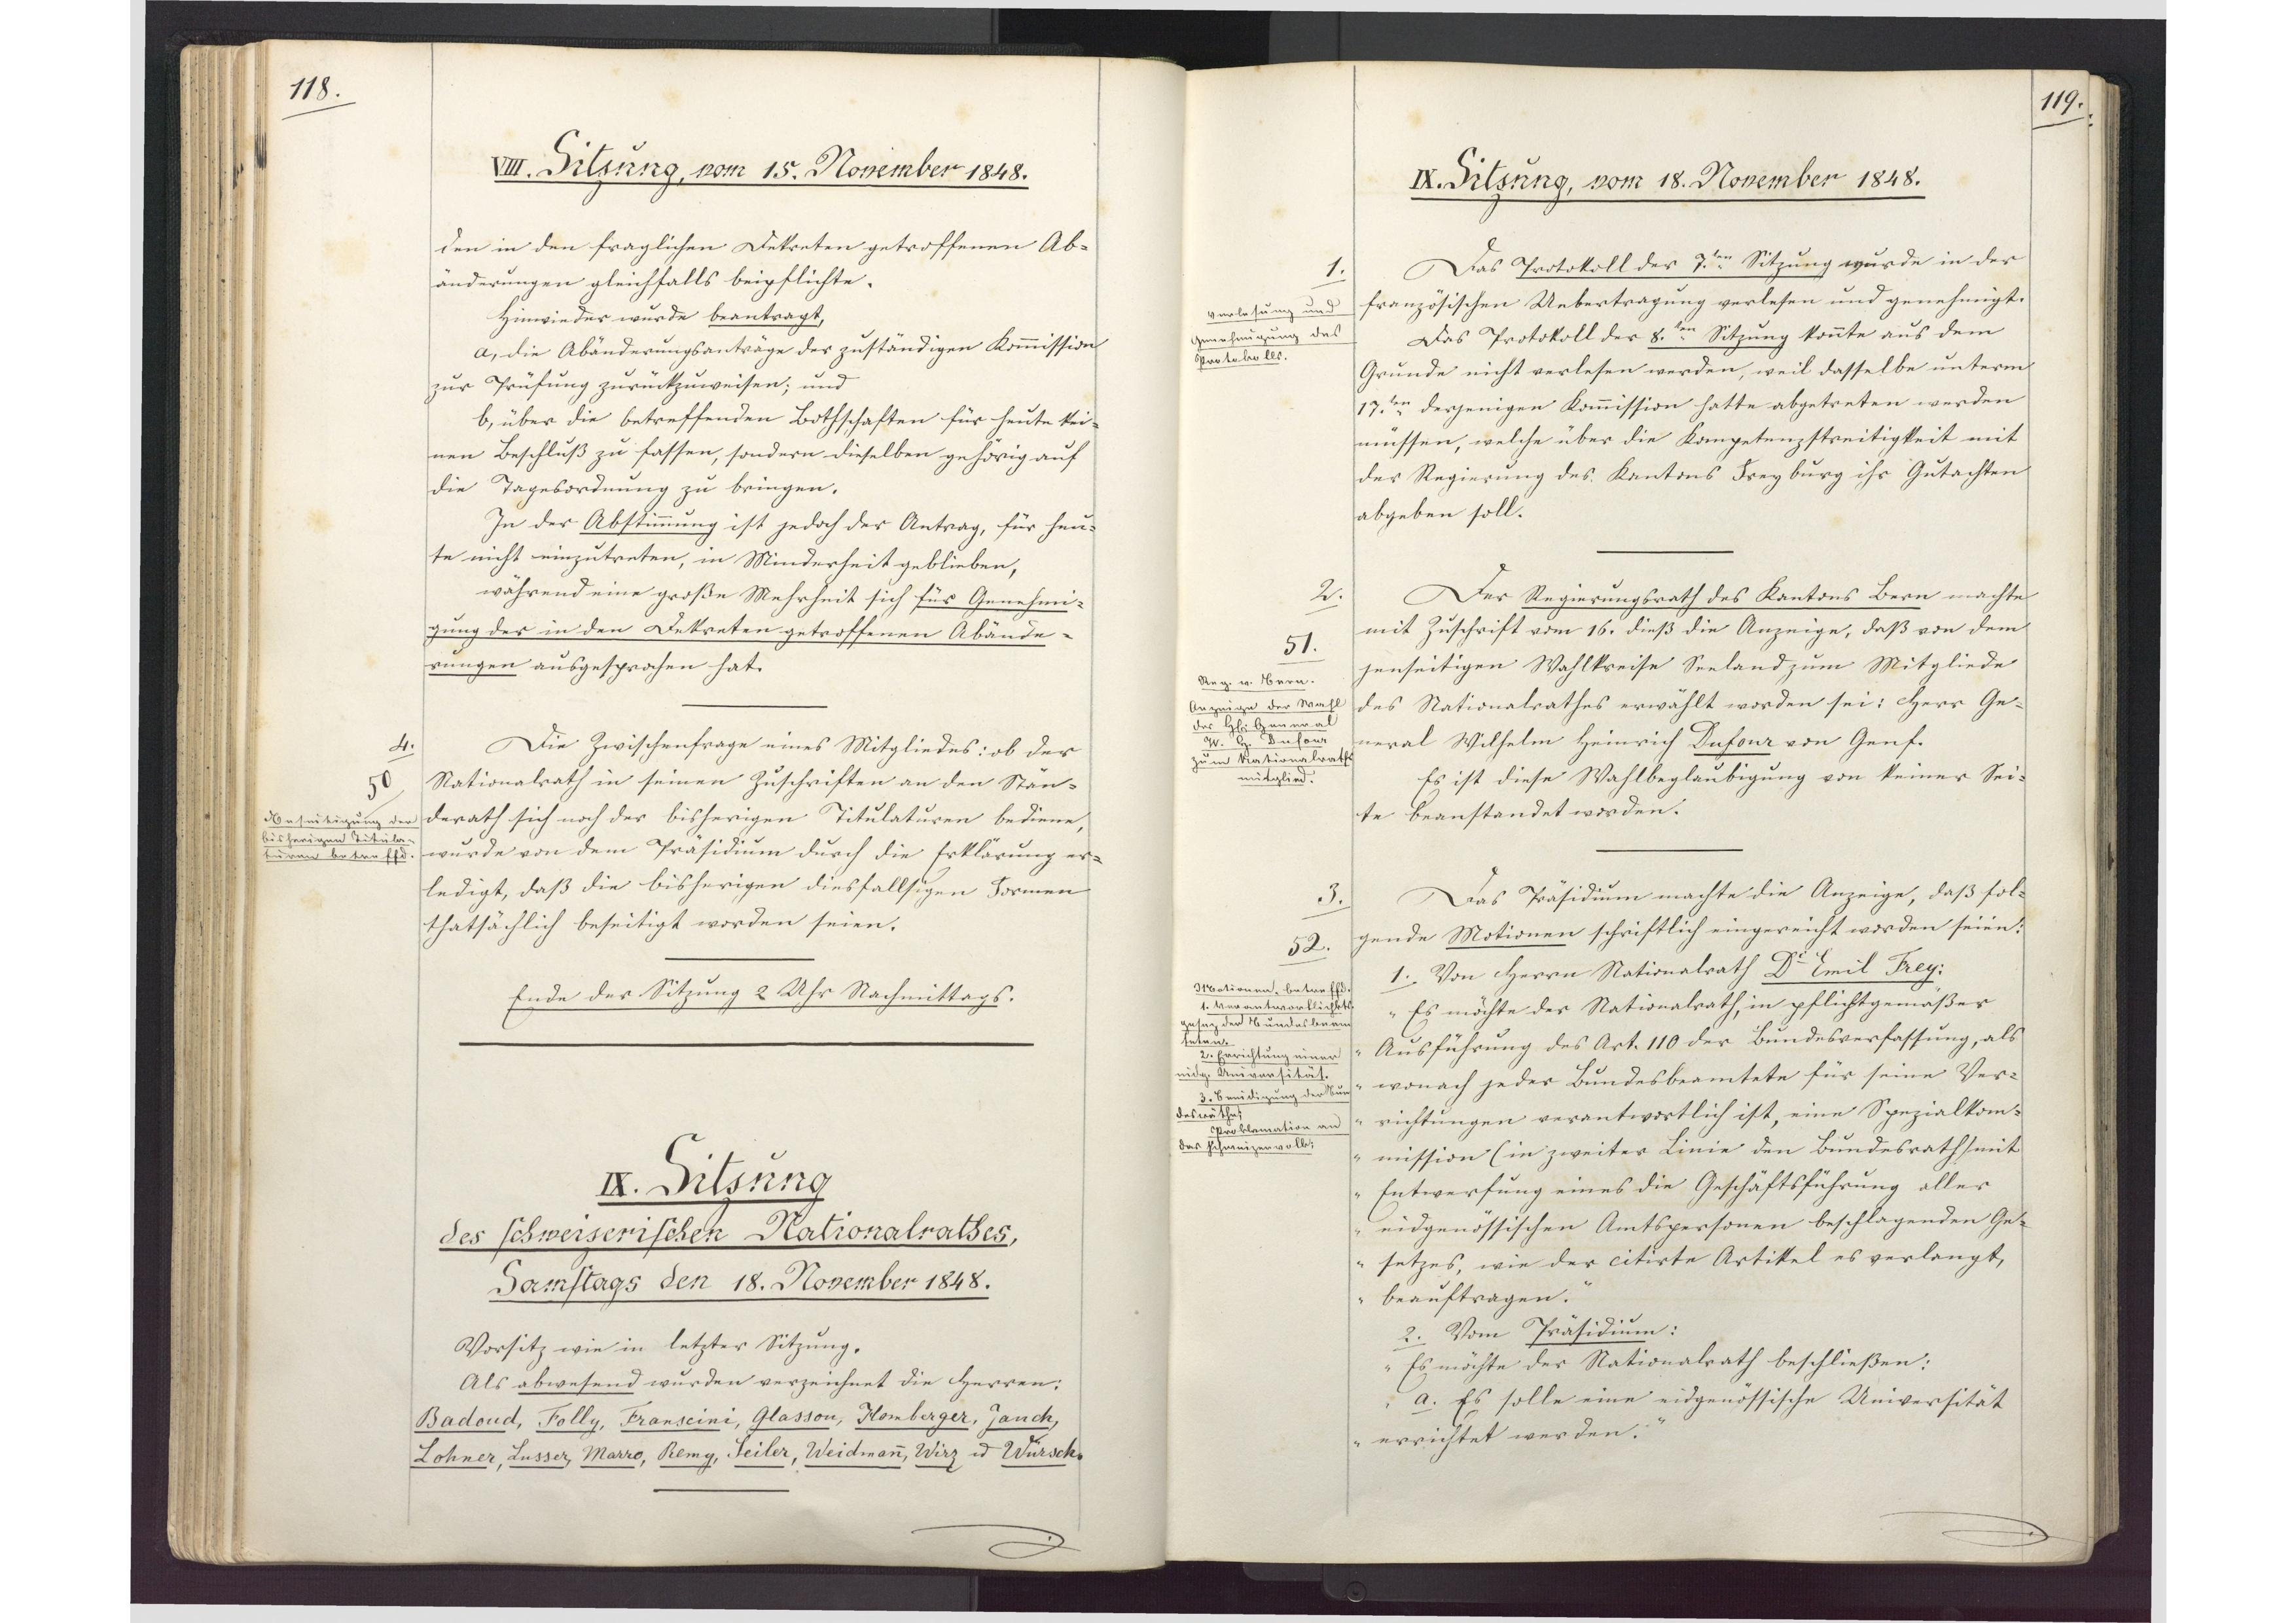
118.

IX. Sitzung
des schweizerischen Nationalrathes,
Samstags den 18. November 1848.

Vorsitz wie in letzter Sitzung.
Als abwesend wurden verzeichnet die Herren:
Badoud, Folly, Franscini, Glasson, Homberger, Jauch,
Lohner, Lusser, Marro, Remy, Seiler, Weidmann, Wirz und Würsch.

119.

IX. Sitzung, vom 18. November 1848.

Das Protokoll der 7.ten Sitzung wurde in der
französischen Uebertragung verlesen und genehmigt.
Das Protokoll der 8.ten Sitzung konnte aus dem
Grunde nicht verlesen werden, weil dasselbe unterm
17.ten derjenigen Kommission hatte abgetreten werden
müssen, welche über die Kompetenzstreitigkeit mit
der Regierung des Kantons Freyburg ihr Gutachten
abgeben soll.
Der Regierungsrath des Kantons Bern machte
mit Zuschrift vom 16. dieß die Anzeige, daß von dem
jenseitigen Wahlkreise Seeland zum Mitgliede
des Nationalrathes erwählt worden sei: Herr Ge¬
neral Wilhelm Heinrich Dufour von Genf.
Es ist diese Wahlbeglaubigung von keiner Sei¬
te beanstandet worden.
Das Präsidium machte die Anzeige, daß fol¬
gende Motionen schriftlich eingereicht worden seien:
1. Von Herrn Nationalrath Dr. Emil Frey:
"Es möchte der Nationalrath, in pflichtgemäßer
Ausführung des Art. 110 der Bundesverfassung, als
wonach jeder Bundesbeamtete für seine Ver¬
richtungen verantwortlich ist, eine Spezialkom¬
mission (in zweiter Linie den Bundesrath mit
Entwerfung eines die Geschäftsführung aller
eidgenössischen Amtspersonen beschlagenden Ge¬
setzes, wie der citirte Artikel es verlangt,
beauftragen."
2. Vom Präsidium:
"Es möchte der Nationalrath beschließen:
a. Es solle eine eidgenössische Universität
errichtet werden.

1.
Verlesung und
Genehmigung des
Protokolls.

2.
51.
Reg. v. Bern.
Anzeige der Wahl
des Herrn General
W. H. Dufour
zum Nationalraths¬
mitglied.

3.
52.
Motionen, betreffend:
1. Verantwortlichkeits¬
gesetz der Bundesbeam¬
teten.
2. Errichtung einer
eidg. Universität.
3. Beeidigung der Bun¬
desräthe;
Proklamation an
das Schweizervolk.